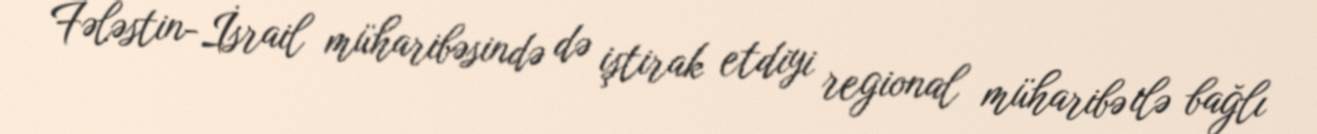
Fələstin-İsrail müharibəsində də iştirak etdiyi regional müharibə ilə bağlı